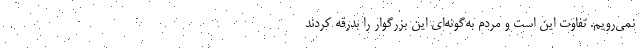
نمی‌رویم. تفاوت این است و مردم به‌گونه‌ای این بزرگوار را بدرقه کردند